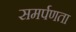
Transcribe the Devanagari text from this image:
समर्पणता